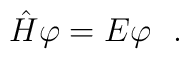
\hat{H} \varphi = E \varphi\ \ .